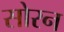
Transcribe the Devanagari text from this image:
सोरन